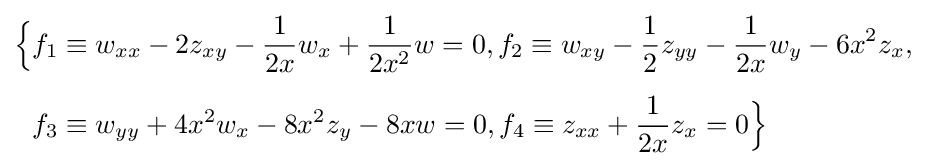
{\begin{aligned}{\Big \{}&f_{1}\equiv w_{xx}-2z_{xy}-{\frac {1}{2x}}w_{x}+{\frac {1}{2x^{2}}}w=0,f_{2}\equiv w_{xy}-{\frac {1}{2}}z_{yy}-{\frac {1}{2x}}w_{y}-6x^{2}z_{x},\\[5pt]&f_{3}\equiv w_{yy}+4x^{2}w_{x}-8x^{2}z_{y}-8xw=0,f_{4}\equiv z_{xx}+{\frac {1}{2x}}z_{x}=0{\Big \}}\end{aligned}}